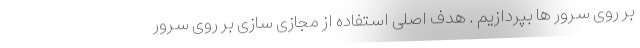
بر روی سرور ها بپردازیم . هدف اصلی استفاده از مجازی سازی بر روی سرور